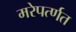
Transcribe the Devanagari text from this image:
मरेपर्त्णत